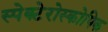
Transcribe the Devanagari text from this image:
स्पेक्टेरोस्कोपिक